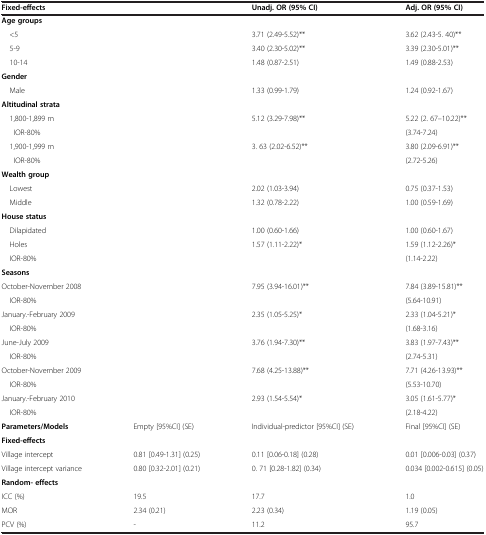
<table><thead><tr><td><b>Fixed-effects</b></td><td><b> </b></td><td><b>Unadj. OR (95% CI)</b></td><td><b>Adj. OR (95% CI)</b></td></tr></thead><tbody><tr><td><b>Age groups</b></td><td> </td><td> </td><td> </td></tr><tr><td> &lt;5</td><td> </td><td>3.71 (2.49-5.52)**</td><td>3.62 (2.43-5. 40)**</td></tr><tr><td> 5-9</td><td> </td><td>3.40 (2.30-5.02)**</td><td>3.39 (2.30-5.01)**</td></tr><tr><td> 10-14</td><td> </td><td>1.48 (0.87-2.51)</td><td>1.49 (0.88-2.53)</td></tr><tr><td><b>Gender</b></td><td> </td><td> </td><td> </td></tr><tr><td> Male</td><td> </td><td>1.33 (0.99-1.79)</td><td>1.24 (0.92-1.67)</td></tr><tr><td><b>Altitudinal strata</b></td><td> </td><td> </td><td> </td></tr><tr><td> 1,800-1,899 m</td><td> </td><td>5.12 (3.29-7.98)**</td><td>5.22 (2. 67–10.22)**</td></tr><tr><td>IOR-80%</td><td> </td><td> </td><td>(3.74-7.24)</td></tr><tr><td> 1,900-1,999 m</td><td> </td><td>3. 63 (2.02-6.52)**</td><td>3.80 (2.09-6.91)**</td></tr><tr><td>IOR-80%</td><td> </td><td> </td><td>(2.72-5.26)</td></tr><tr><td><b>Wealth group</b></td><td> </td><td> </td><td> </td></tr><tr><td> Lowest</td><td> </td><td>2.02 (1.03-3.94)</td><td>0.75 (0.37-1.53)</td></tr><tr><td> Middle</td><td> </td><td>1.32 (0.78-2.22)</td><td>1.00 (0.59-1.69)</td></tr><tr><td><b>House status</b></td><td> </td><td> </td><td> </td></tr><tr><td> Dilapidated</td><td> </td><td>1.00 (0.60-1.66)</td><td>1.00 (0.60-1.67)</td></tr><tr><td> Holes</td><td> </td><td>1.57 (1.11-2.22)*</td><td>1.59 (1.12-2.26)*</td></tr><tr><td> IOR-80%</td><td> </td><td> </td><td>(1.14-2.22)</td></tr><tr><td><b>Seasons</b></td><td> </td><td> </td><td> </td></tr><tr><td>October-November 2008</td><td> </td><td>7.95 (3.94-16.01)**</td><td>7.84 (3.89-15.81)**</td></tr><tr><td> IOR-80%</td><td> </td><td> </td><td>(5.64-10.91)</td></tr><tr><td>January.-February 2009</td><td> </td><td>2.35 (1.05-5.25)*</td><td>2.33 (1.04-5.21)*</td></tr><tr><td> IOR-80%</td><td> </td><td> </td><td>(1.68-3.16)</td></tr><tr><td>June-July 2009</td><td> </td><td>3.76 (1.94-7.30)**</td><td>3.83 (1.97-7.43)**</td></tr><tr><td> IOR-80%</td><td> </td><td> </td><td>(2.74-5.31)</td></tr><tr><td>October-November 2009</td><td> </td><td>7.68 (4.25-13.88)**</td><td>7.71 (4.26-13.93)**</td></tr><tr><td> IOR-80%</td><td> </td><td> </td><td>(5.53-10.70)</td></tr><tr><td>January.-February 2010</td><td> </td><td>2.93 (1.54-5.54)*</td><td>3.05 (1.61-5.77)*</td></tr><tr><td> IOR-80%</td><td> </td><td> </td><td>(2.18-4.22)</td></tr><tr><td><b>Parameters/Models</b></td><td>Empty [95%CI] (SE)</td><td>Individual-predictor [95%CI] (SE)</td><td>Final [95%CI] (SE)</td></tr><tr><td><b>Fixed-effects</b></td><td> </td><td> </td><td> </td></tr><tr><td>Village intercept</td><td>0.81 [0.49-1.31] (0.25)</td><td>0.11 [0.06-0.18] (0.28)</td><td>0.01 [0.006-0.03] (0.37)</td></tr><tr><td>Village intercept variance</td><td>0.80 [0.32-2.01] (0.21)</td><td>0. 71 [0.28-1.82] (0.34)</td><td>0.034 [0.002-0.615] (0.05)</td></tr><tr><td><b>Random- effects</b></td><td> </td><td> </td><td> </td></tr><tr><td>ICC (%)</td><td>19.5</td><td>17.7</td><td>1.0</td></tr><tr><td>MOR</td><td>2.34 (0.21)</td><td>2.23 (0.34)</td><td>1.19 (0.05)</td></tr><tr><td>PCV (%)</td><td>-</td><td>11.2</td><td>95.7</td></tr></tbody></table>